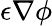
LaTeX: \epsilon\nabla\phi